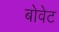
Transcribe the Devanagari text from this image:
बोवेट